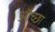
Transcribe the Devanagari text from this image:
औच्छा